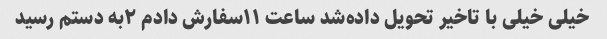
خیلی خیلی با تاخیر تحویل داده‌شد ساعت ۱۱سفارش دادم ۲به دستم رسید